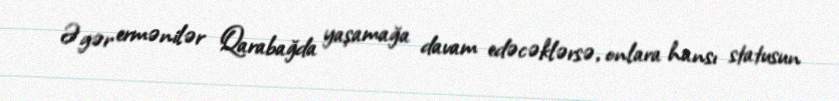
Əgər ermənilər Qarabağda yaşamağa davam edəcəklərsə, onlara hansı statusun